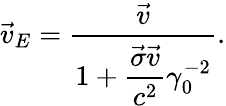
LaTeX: \vec{v}_{E}=\frac{\vec{v}}{1+\displaystyle\frac{\vec{\sigma}\vec{v}}{c^{2}}\gamma_{0}^{-2}}.